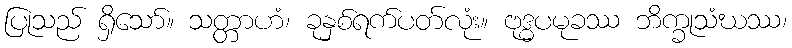
ပြုသည် ရှိသော်။ သတ္တာဟံ၊ ခုနှစ်ရက်ပတ်လုံး။ ဗုဒ္ဓပမုခဿ ဘိက္ခုသံဃဿ၊